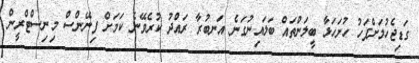
ގަޑިޖެހުމަށްފަހު ހުށަހަޅާ ބީލަންތައް ބަލައިނުގަނެ އަނބުރާ ރައްދު ކުރެވޭނެ ކަމަށް ފިނޭންސް މިނިސްޓްރީން